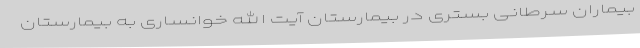
بیماران سرطانی بستری در بیمارستان آیت الله خوانساری به بیمارستان